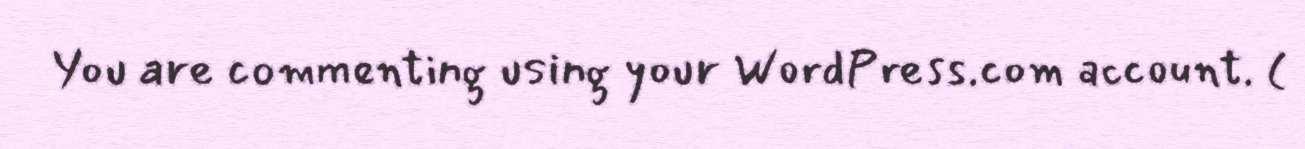
You are commenting using your WordPress.com account. (